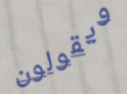
ويقولون